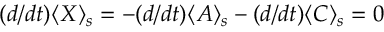
( d / d t ) \langle X \rangle _ { s } = - ( d / d t ) \langle A \rangle _ { s } - ( d / d t ) \langle C \rangle _ { s } = 0